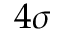
4 \sigma